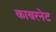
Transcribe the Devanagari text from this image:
काबरनेट